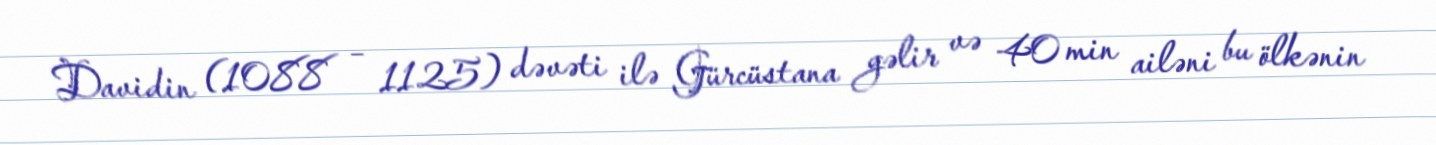
Davidin (1088 – 1125) dəvəti ilə Gürcüstana gəlir və 40 min ailəni bu ölkənin